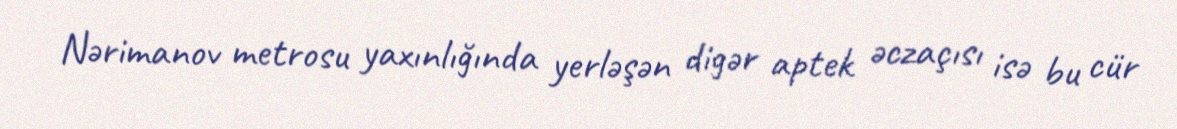
Nərimanov metrosu yaxınlığında yerləşən digər aptek əczaçısı isə bu cür